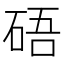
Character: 𥒾